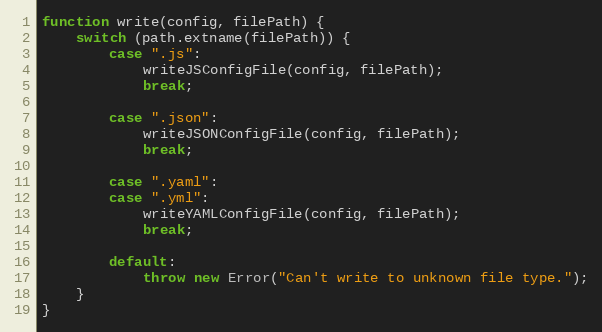
Language: JavaScript
function write(config, filePath) {
    switch (path.extname(filePath)) {
        case ".js":
            writeJSConfigFile(config, filePath);
            break;

        case ".json":
            writeJSONConfigFile(config, filePath);
            break;

        case ".yaml":
        case ".yml":
            writeYAMLConfigFile(config, filePath);
            break;

        default:
            throw new Error("Can't write to unknown file type.");
    }
}